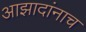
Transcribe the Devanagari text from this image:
आझादांनाच